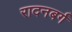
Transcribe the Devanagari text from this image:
रादनबर्ग